Vaccination in Bombay 1869-1873 - 1869-1873
Year: 1869
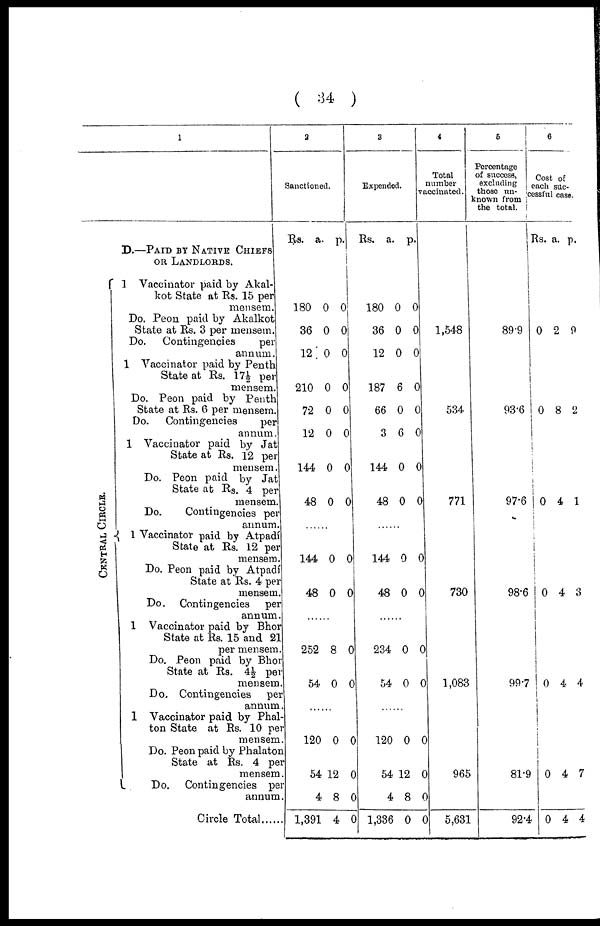
( 34 )
1
D.—PAID BY NATIVE CHIEFS
OR LANDLORDS.
CENTRAL CIRCLE.
1 Vaccinator paid by Akal¬
kot State at Rs. 15 per
mensem.
Do. Peon paid by Akalkot
State at Rs. 3 per mensem.
Do. Contingencies
per
annum.
1 Vaccinator paid by Penth
State at Rs. 17½ per
mensem.
Do. Peon paid by Penth
State at Rs. 6 per mensem.
Do. Contingencies
per
annum.
1 Vaccinator paid by Jat
State at Rs. 12 per
mensem.
Do. Peon paid by Jat
State at Rs. 4 per
mensem.
Do.
Contingencies per
annum.
1 Vaccinator paid by Atpadí
State at Rs. 12 per
mensem.
Do. Peon paid by Atpadí
State at Rs. 4 per
mensem.
Do. Contingencies per
annum.
1 Vaccinator paid by Bhor
State at Rs. 15 and 21
per mensem.
Do. Peon paid by Bhor
State at Rs. 4½ per
mensem.
Do. Contingencies per
annum.
1 Vaccinator paid by Phal¬
ton State at Rs. 10 per
mensem.
Do. Peon paid by Phalaton
State at Rs. 4 per
mensem.
Do, Contingencies per
annum.
Circle Total......
2
Sanctioned.
Rs.
a. p.
180
36
12
210
72
12
144
48
0
0
0
0
0
0
0
0
0
0
0
0
0
0
0
0
......
144
48
0
0
0
0
......
252
54
8
0
0
0
......
120
54
4
1,391
0
12
8
4
0
0
0
0
3
Expended.
Rs. a. p.
180
36
12
187
66
3
144
48
0
0
0
6
0
6
0
0
0
0
0
0
0
0
0
0
......
144
48
0
0
0
0
......
234
54
0
0
0
0
......
120
54
4
1,336
0
12
8
0
0
0
0
0
4
Total
number
vaccinated.
1,548
534
771
730
1,083
965
5,631
5
Percentage
of success,
excluding
those un¬
known from
the total.
89.9
93.6
97.6
98.6
99.7
81.9
92.4
6
Cost of
each suc¬
cessful case.
Rs. a. p.
0 2 9
0 8 2
0 4 1
0 4 3
0 4 4
0 4 7
0 4 4